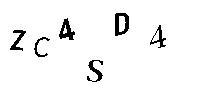
ZC4SD4